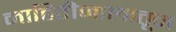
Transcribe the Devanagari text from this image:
माहितीजालातून